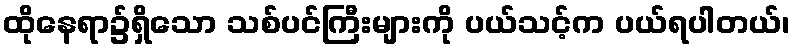
ထိုနေရာ၌ရှိသော သစ်ပင်ကြီးများကို ပယ်သင့်က ပယ်ရပါတယ်၊